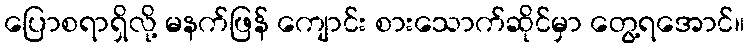
ပြောစရာရှိလို့ မနက်ဖြန် ကျောင်း စားသောက်ဆိုင်မှာ တွေ့ရအောင်။